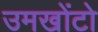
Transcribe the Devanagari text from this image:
उमखोंटो